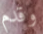
وقدم